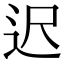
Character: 迟